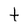
Character: t